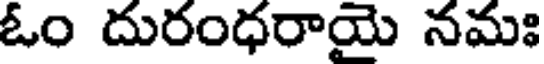
ఓం దురంధరాయై నమః